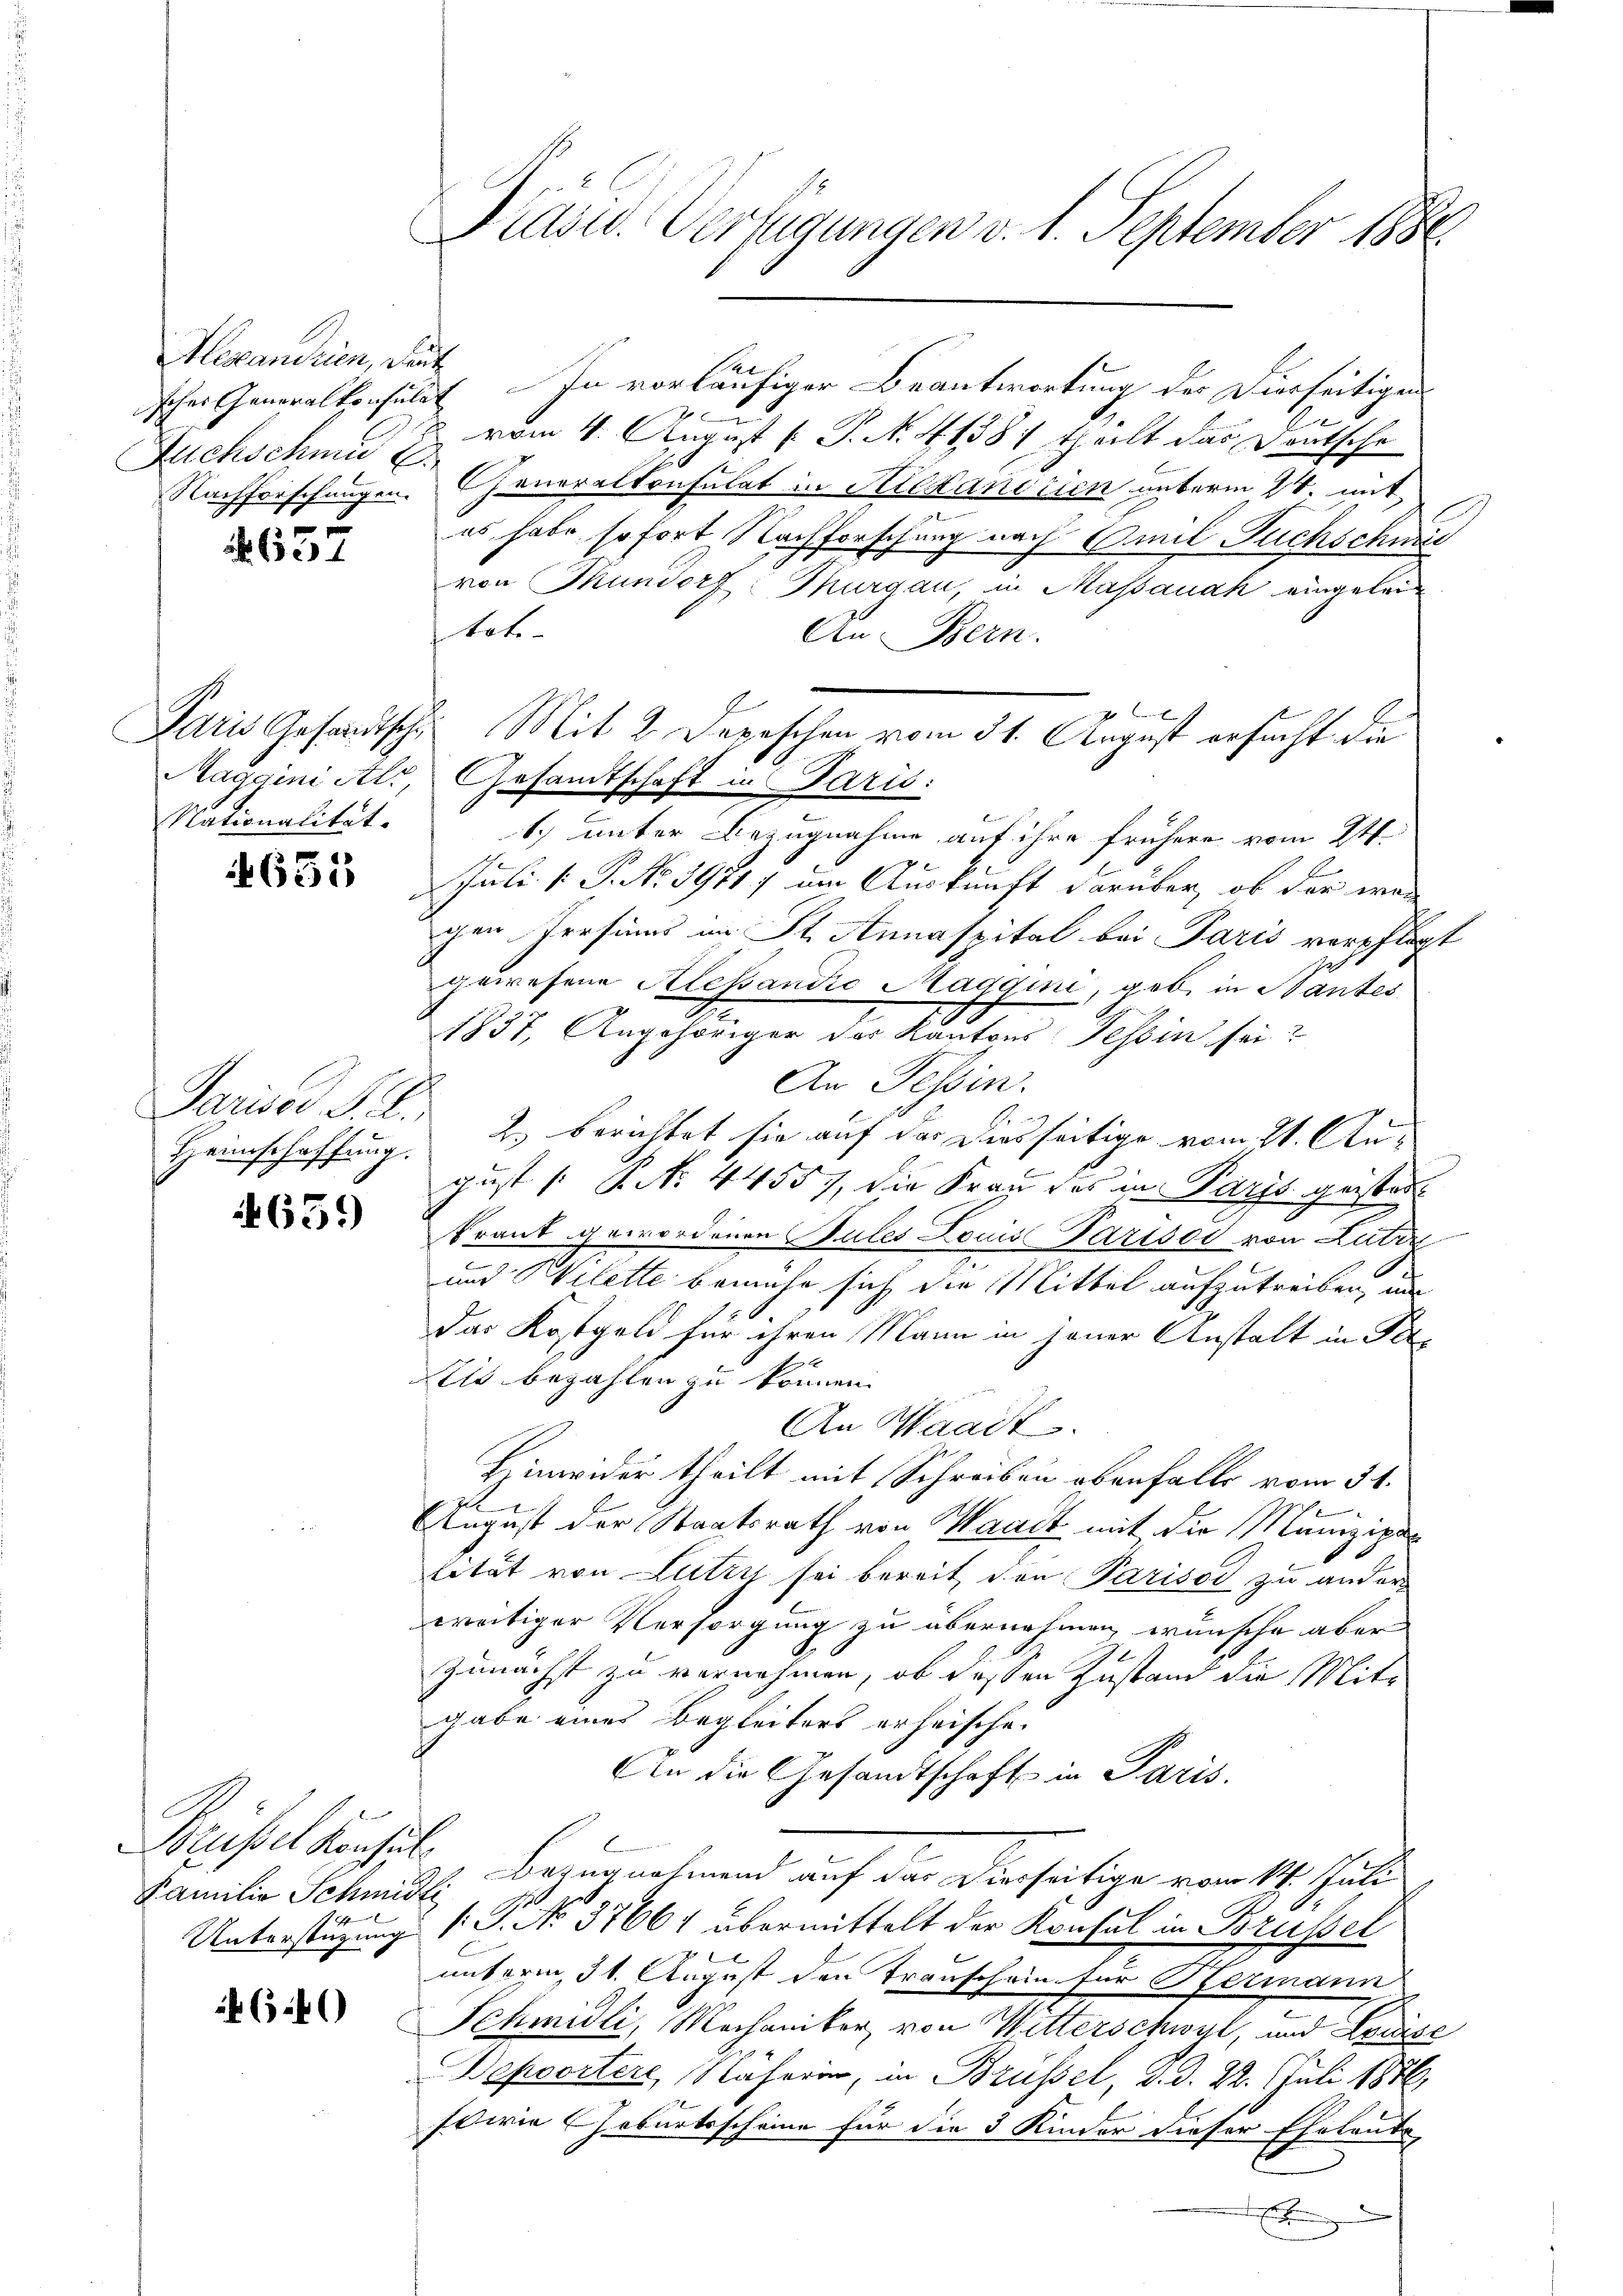
Alexandrien, Deut
Fuchschmut

637

Nationalität.

631

Heimschaffung.

4659

Familia Schmidli
1x

640

ischer Generalkonsulat In vorläufiger Beantwortung der Dierseitigen
vom 4. August [ P. N. 41381 theilt das Deutsche
Nachforschungen Cheneralkonsulat in Alexandrien unterm 24. mit
es habe, so fort Nachforschung nach Auf Fuchschnis
von Mundorf: Thurgau, in Massanak eingeleitate
An Bern.
1.) unter Bezugnahme auf ihre frühere vom 24.
Juli [ P. No. 1971 um Auskunft darüber, ob der war
chen Persinns im St. Annaspital bei Paris verpflegt
gewesene Alessandio Maggini, geb. in Mantes
1837, Angehöriger des Kantons Tessin sei?
An Tessin.
Pariser F. L. 2) berichtet sie auf der Diesseitige vom 21. August [ P. Nr. 44557, die Frau des in Paris geister
krant gewordenen Sules Louis Parisod von Lutzz
und Bilette bemühe sich die Mittel aufzutreiben, un
das Kostgeld für ihren Mann in jener Anstalt in Pete
ils bezahlen zu können.
An Waadt.
Hinwider theilt mit Schreiben obenfalls vom 31.
August der Staatsrath von Waadt mit die Manizipalität von Lutry sei bereit den Parisod zu ander
weitiger Versorgung zu übernehmen, wünsche aber
Zunächst zu vernehmen, ob dessen Zustand die Mitgabe eines Begleiters erheischen
An die Gesandtschaft in Paris.
rüsel konsuls Bezugnahmend auf der Dierseitige vom 17. Juli
Unterstüzung (S. No. 37661 übermittelt der Konsul in Brüssel
unterm 31. August den Trauschein für Hermann
Schmidli, Mechaniker, von Witterschwyl, und Louise
Depoorters, Naherin, in Brüssel, d. d. 22. Juli 1876,
sowie Geburtsscheine für die 3 Kinder dieser Eheleute,

Prasw. Verfügungen v. 1. September 1880.

Be
Paris Gesandtsche Mit 2 Depeschen vom 31. August ersucht die
Maggini alt, Gesandtschaft in Paris: